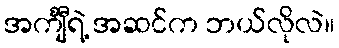
အင်္ကျီရဲ့ အဆင်က ဘယ်လိုလဲ။